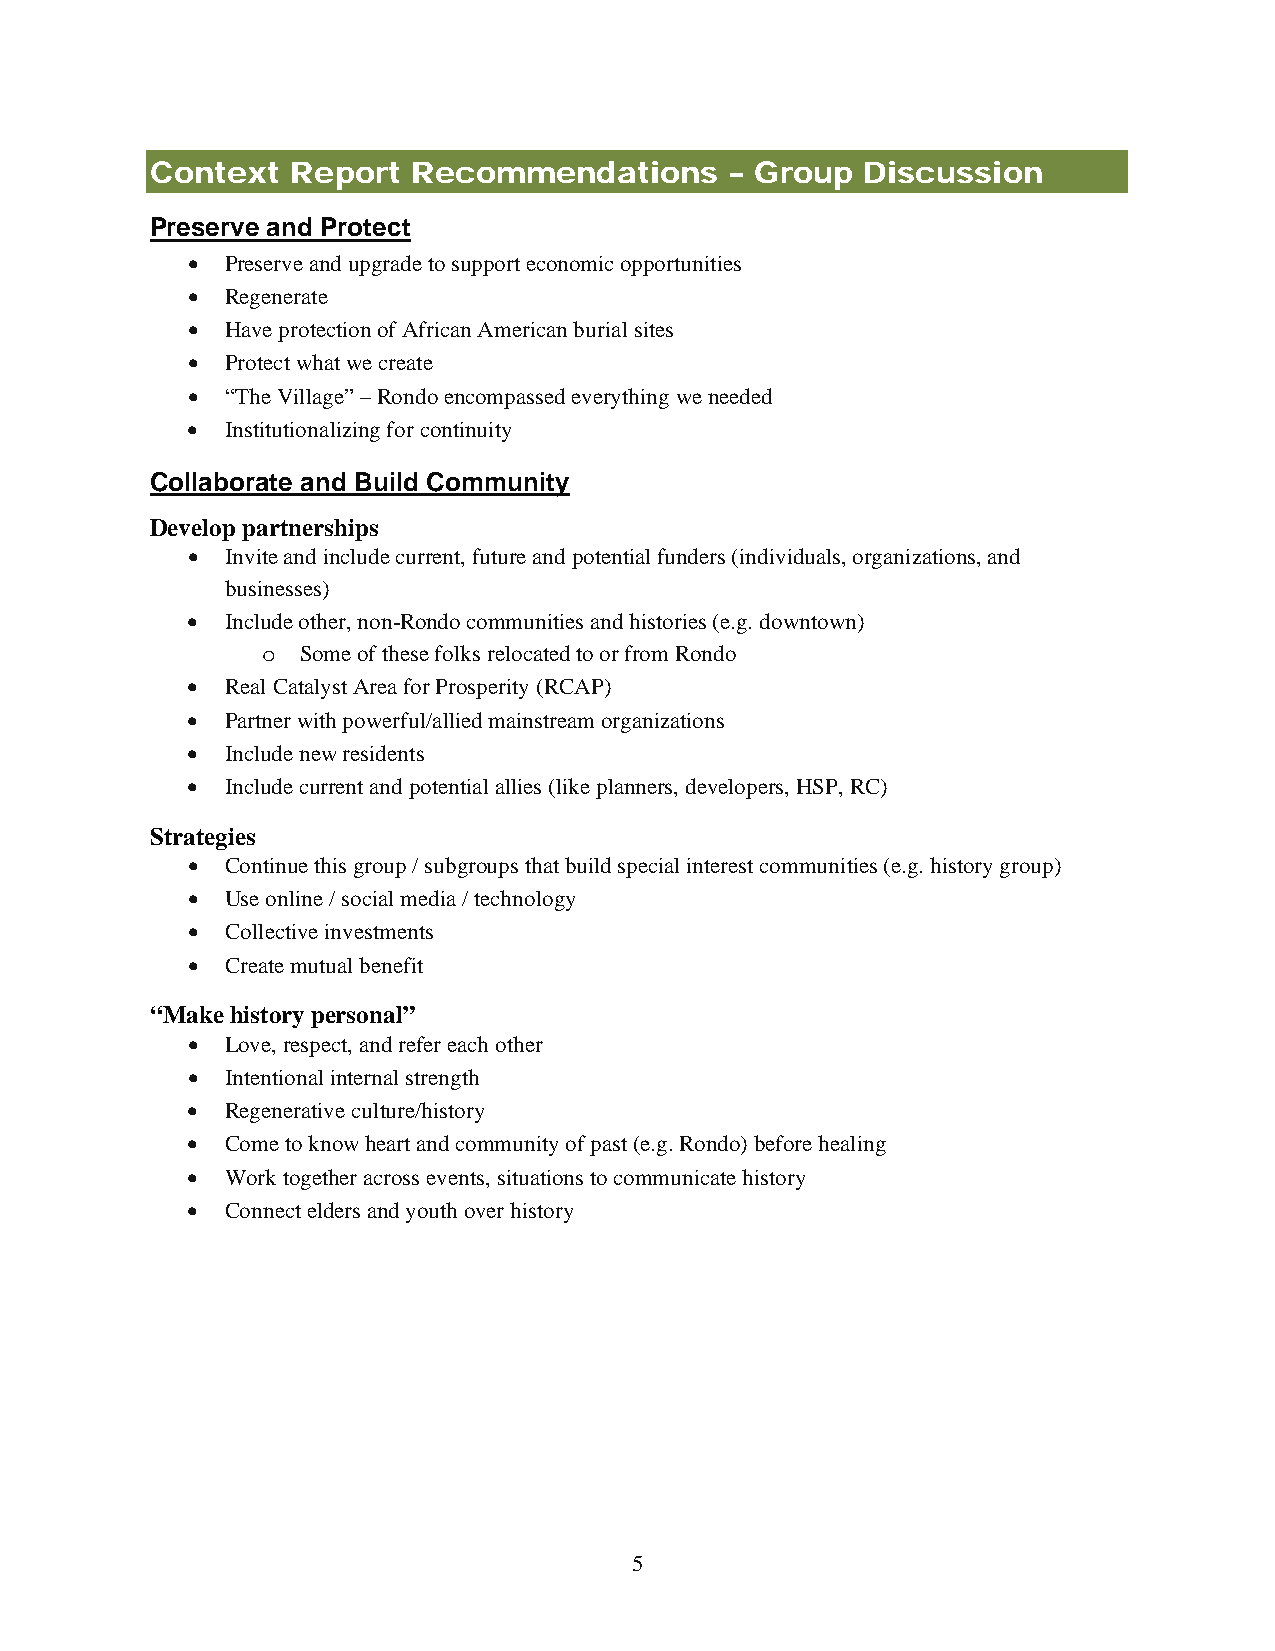
Context  Report  Recommendations      – Group  Discussion
 Preserve and Protect
 •  Preserve and upgrade to support economic opportunities
 •  Regenerate
 •  Have protection of African American burial sites
 •  Protect what we create
 •  “The Village” – Rondo encompassed everything we needed
 •  Institutionalizing for continuity
 Collaborate and Build Community
 Develop partnerships
 •  Invite and include current, future and potential funders (individuals, organizations, and
 businesses)
 •  Include other, non-Rondo communities and histories (e.g. downtown)
 o  Some of these folks relocated to or from Rondo
 •  Real Catalyst Area for Prosperity (RCAP)
 •  Partner with powerful/allied mainstream organizations
 •  Include new residents
 •  Include current and potential allies (like planners, developers, HSP, RC)
 Strategies
 •  Continue this group / subgroups that build special interest communities (e.g. history group)
 •  Use online / social media / technology
 •  Collective investments
 •  Create mutual benefit
 “Make history personal”
 •  Love, respect, and refer each other
 •  Intentional internal strength
 •  Regenerative culture/history
 •  Come to know heart and community of past (e.g. Rondo) before healing
 •  Work together across events, situations to communicate history
 •  Connect elders and youth over history
 5